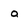
Character: a